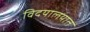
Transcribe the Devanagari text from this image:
विदयालयात